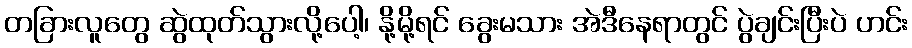
တခြားလူတွေ ဆွဲထုတ်သွားလို့ပေါ့၊ နို့မို့ရင် ခွေးမသား အဲဒီနေရာတွင် ပွဲချင်းပြီးပဲ ဟင်း